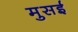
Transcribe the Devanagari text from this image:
मुसई